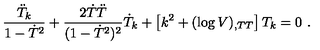
\frac { \ddot { T } _ { k } } { 1 - \dot { T } ^ { 2 } } + \frac { 2 \dot { T } \ddot { T } } { ( 1 - \dot { T } ^ { 2 } ) ^ { 2 } } \dot { T } _ { k } + \left[ k ^ { 2 } + ( \log V ) _ { , T T } \right] T _ { k } = 0 \ .